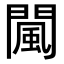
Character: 闏